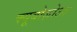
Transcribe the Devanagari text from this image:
क्यूबोज़ोआ